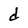
Character: d